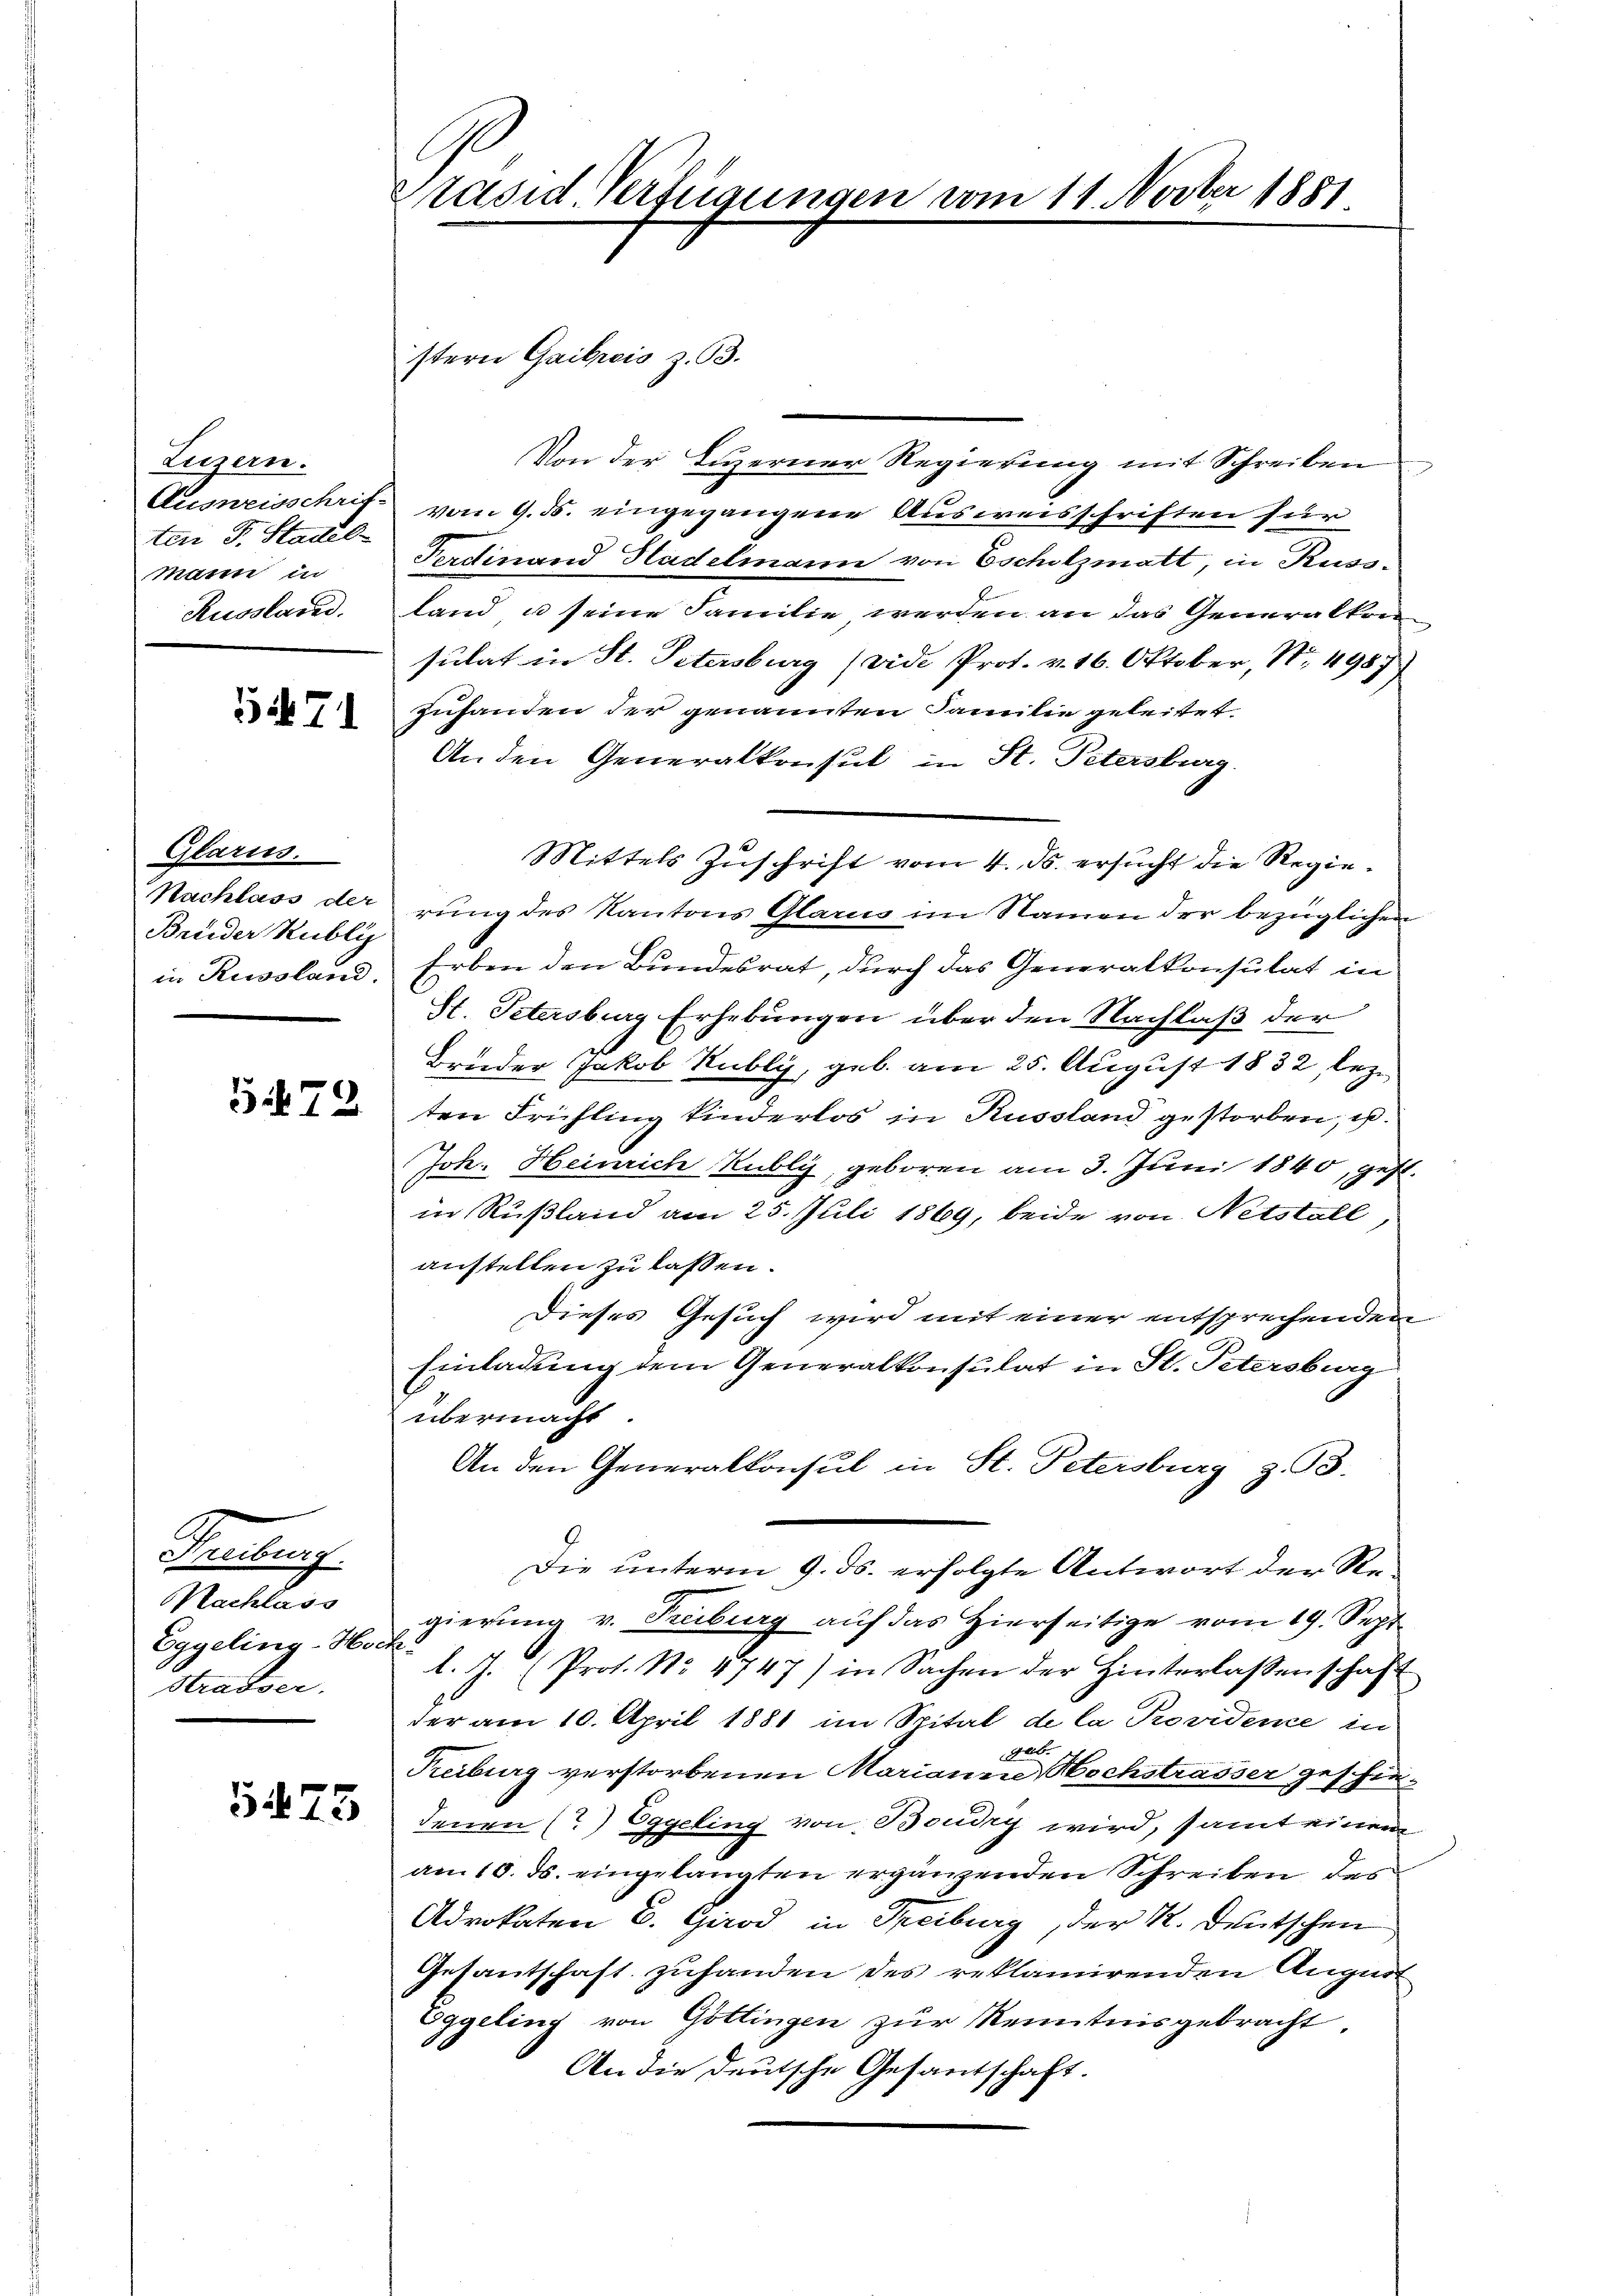
Luzern.
ten Fr. Stadel
mann in
Russland.

571

Glarus.
Brüder Kubli

3472

Tubung
Nachlass
Eggeling-Ho.
Strasser

5475

Präsid Verfügungen vom 11. Novber 1881

stern Gaibiis z. B.
Von der Luzerner Regierung mit Schreiben
Ausweisschrit vom 9. ds. eingegangene Ausweisschriften für
Ferdinand Stadelmann von Escholzmatt, in Russ-
land u seine Familie werden an das Generalten
sulat in St. Petersburg (vide Prot. v. 16. Oktober, N. 4987)
zuhanden der genannten Familie geleistet
An den Generalkonsul in St. Petersburg,
Mittels Zuschrift vom 4. ds. ersucht die Regie¬
Nachlass der rung des Kantons Glarus im Namen der bezüglichen
in Russland, Erben den Bundesrat, durch das Generalkonsulat in
St. Petersburg Erhebungen über den Nachlaß der
Bruder Jakob Rubli, geb. am 25. August 1832, lezten Frühling kinderlos in Russland gestorben, u.
Joh. Heinrich Kubly, geboren am 3. Juni 1840, gest.
in Rußland am 25. Juli 1869, beide von Netstell
anstellen zu lassen.
Dieses Gesuch wird mit einer entsprechenden
Einladung dem Generalkonsulat in St. Petersburg
übermacht
An den Generalkonsul in St. Petersburg z. 93.
Die unterm 9. ds. erfolgte Antwort der Regierung v. Freiburg auf das Hierseitige vom 19. Sept.
¬
l. J. (Prof. No. 4747) in Sachen der Hinterlassenschaft
der am 10. April 1881 im Spital de la Providene in
Geb.
Treiburg verstorbenen Marianne Hochstrasser geschiedenen (?) Eggeling von Boudry wird, samt einem
am 10. ds. eingelangten ergänzenden Schreiben des
Advokaten E. Girod in Treiburg, der K. Deutschen
Gesantschaft zuhanden des reklamirenden August
Eggeling von Göttingen zur Kenntnisgebracht.
An die deutsche Gesandtschaft.